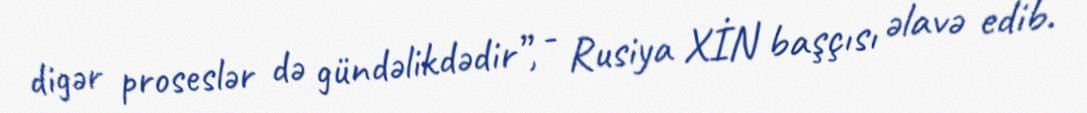
digər proseslər də gündəlikdədir”, - Rusiya XİN başçısı əlavə edib.